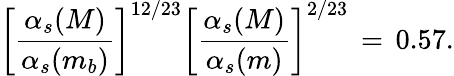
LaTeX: \left[\frac{\alpha_{s}(M)}{\alpha_{s}(m_{b})}\right]^{12/23}\left[\frac{\alpha_{s}(M)}{\alpha_{s}(m)}\right]^{2/23}\, =\, 0.57.